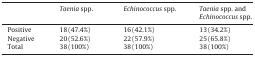
|  | Taenia spp. | Echinococcus spp. | Taenia spp. and Echinococcus spp. |
 | --- | --- | --- | --- |
 | Positive | 18 (47.4%) | 16 (42.1%) | 13 (34.2%) |
 | Negative | 20 (52.6%) | 22 (57.9%) | 25 (65.8%) |
 | Total | 38 (100%) | 38 (100%) | 38 (100%) |